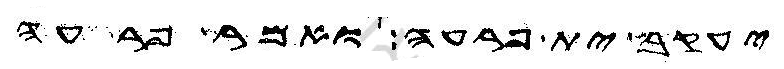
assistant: יעקב ית פרעה ואמר פרעה